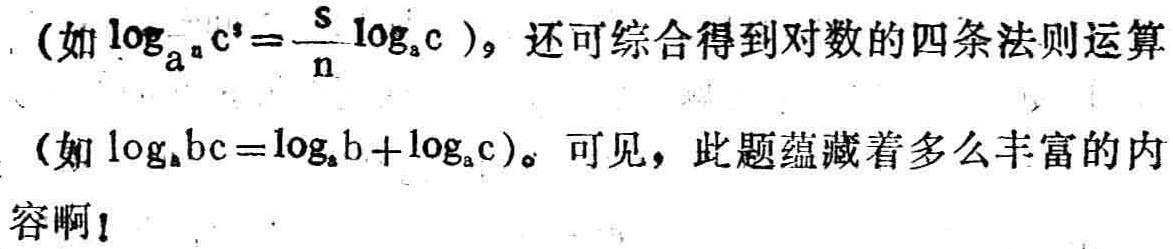
（如\(\log_{a^n}c^s = \frac{s}{n}\log_{a}c\)），还可综合得到对数的四条法则运算（如\(\log_{a}bc=\log_{a}b + \log_{a}c\)）。可见，此题蕴藏着多么丰富的内容啊！